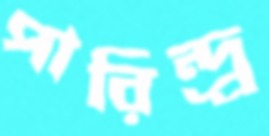
পারিন্দ্র্র